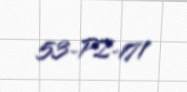
53-PZ-171